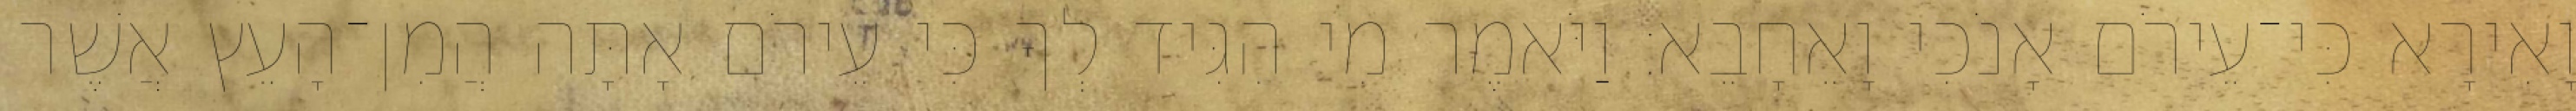
וָאִירָא כִּי־עֵירֹם אָנֹכִי וָאֵחָבֵא׃ וַיֹּאמֶר מִי הִגִּיד לְךָ כִּי עֵירֹם אָתָּה הֲמִן־הָעֵץ אֲשֶׁר